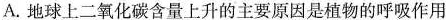
A.地球上二氧化碳含量上升的主要原因是植物的呼吸作用